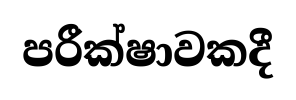
පරීක්ෂාවකදී